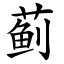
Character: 蓟